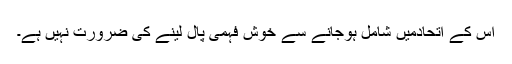
اس کے اتحادمیں شامل ہوجانے سے خوش فہمی پال لینے کی ضرورت نہیں ہے۔